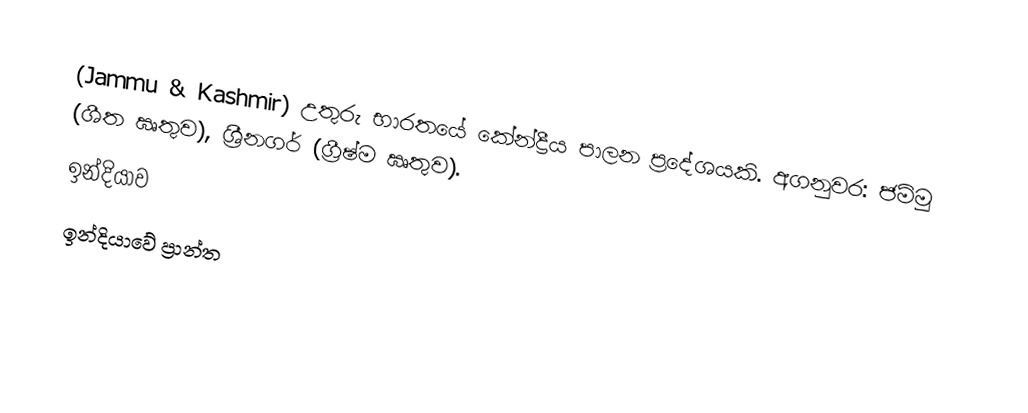
(Jammu & Kashmir) උතුරු භාරතයේ කේන්ද්‍රීය පාලන ප්‍රදේශයකි. අගනුවර: ජම්මු (ශීත ඍතුව), ශ්‍රීනගර් (ග්‍රීෂ්ම ඍතුව).
ඉන්දියාව
ඉන්දියාවේ ප්‍රාන්ත